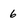
Character: 6